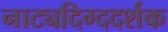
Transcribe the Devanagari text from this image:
नाट्यदिग्ददर्शक